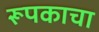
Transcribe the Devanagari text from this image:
रूपकाचा